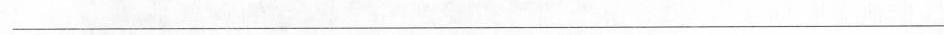
___